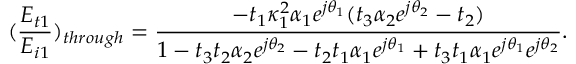
( \frac { E _ { t 1 } } { E _ { i 1 } } ) _ { t h r o u g h } = \frac { - t _ { 1 } \kappa _ { 1 } ^ { 2 } \alpha _ { 1 } e ^ { j \theta _ { 1 } } ( t _ { 3 } \alpha _ { 2 } e ^ { j \theta _ { 2 } } - t _ { 2 } ) } { 1 - t _ { 3 } t _ { 2 } \alpha _ { 2 } e ^ { j \theta _ { 2 } } - t _ { 2 } t _ { 1 } \alpha _ { 1 } e ^ { j \theta _ { 1 } } + t _ { 3 } t _ { 1 } \alpha _ { 1 } e ^ { j \theta _ { 1 } } e ^ { j \theta _ { 2 } } } .